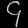
Digit: ၄